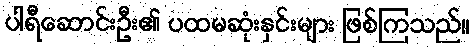
ပါရီဆောင်းဦး၏ ပထမဆုံးနှင်းများ ဖြစ်ကြသည်။